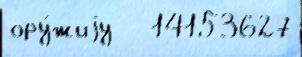
ору́жиjу   14153627